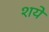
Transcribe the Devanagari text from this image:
शये